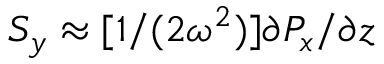
S _ { y } \approx [ 1 / ( 2 \omega ^ { 2 } ) ] \partial P _ { x } / \partial z